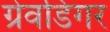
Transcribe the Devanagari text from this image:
ग्रेवडिगर